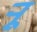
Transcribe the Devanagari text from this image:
र्‍ाू